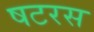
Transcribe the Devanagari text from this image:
षटरस